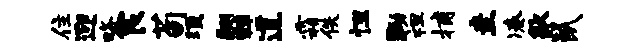
住迎略食荀须翮棘道霜佚怛黝袒捕圭凑歙鼠